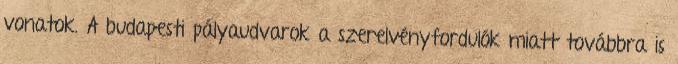
vonatok. A budapesti pályaudvarok a szerelvényfordulók miatt továbbra is